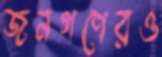
জনগণেরও